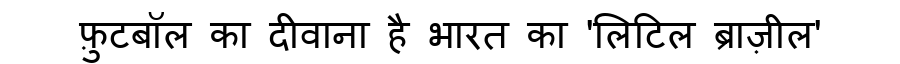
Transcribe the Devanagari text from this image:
फ़ुटबॉल का दीवाना है भारत का 'लिटिल ब्राज़ील'